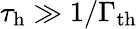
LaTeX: \tau_{\mathrm{h}}\gg 1/\Gamma_{\mathrm{th}}